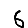
Digit: 6